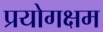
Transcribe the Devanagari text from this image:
प्रयोगक्षम